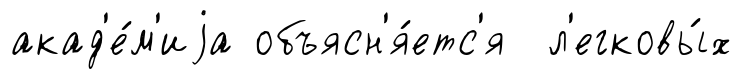
акад'е́м'иjа объясн'я́етс'я л'егковы́х